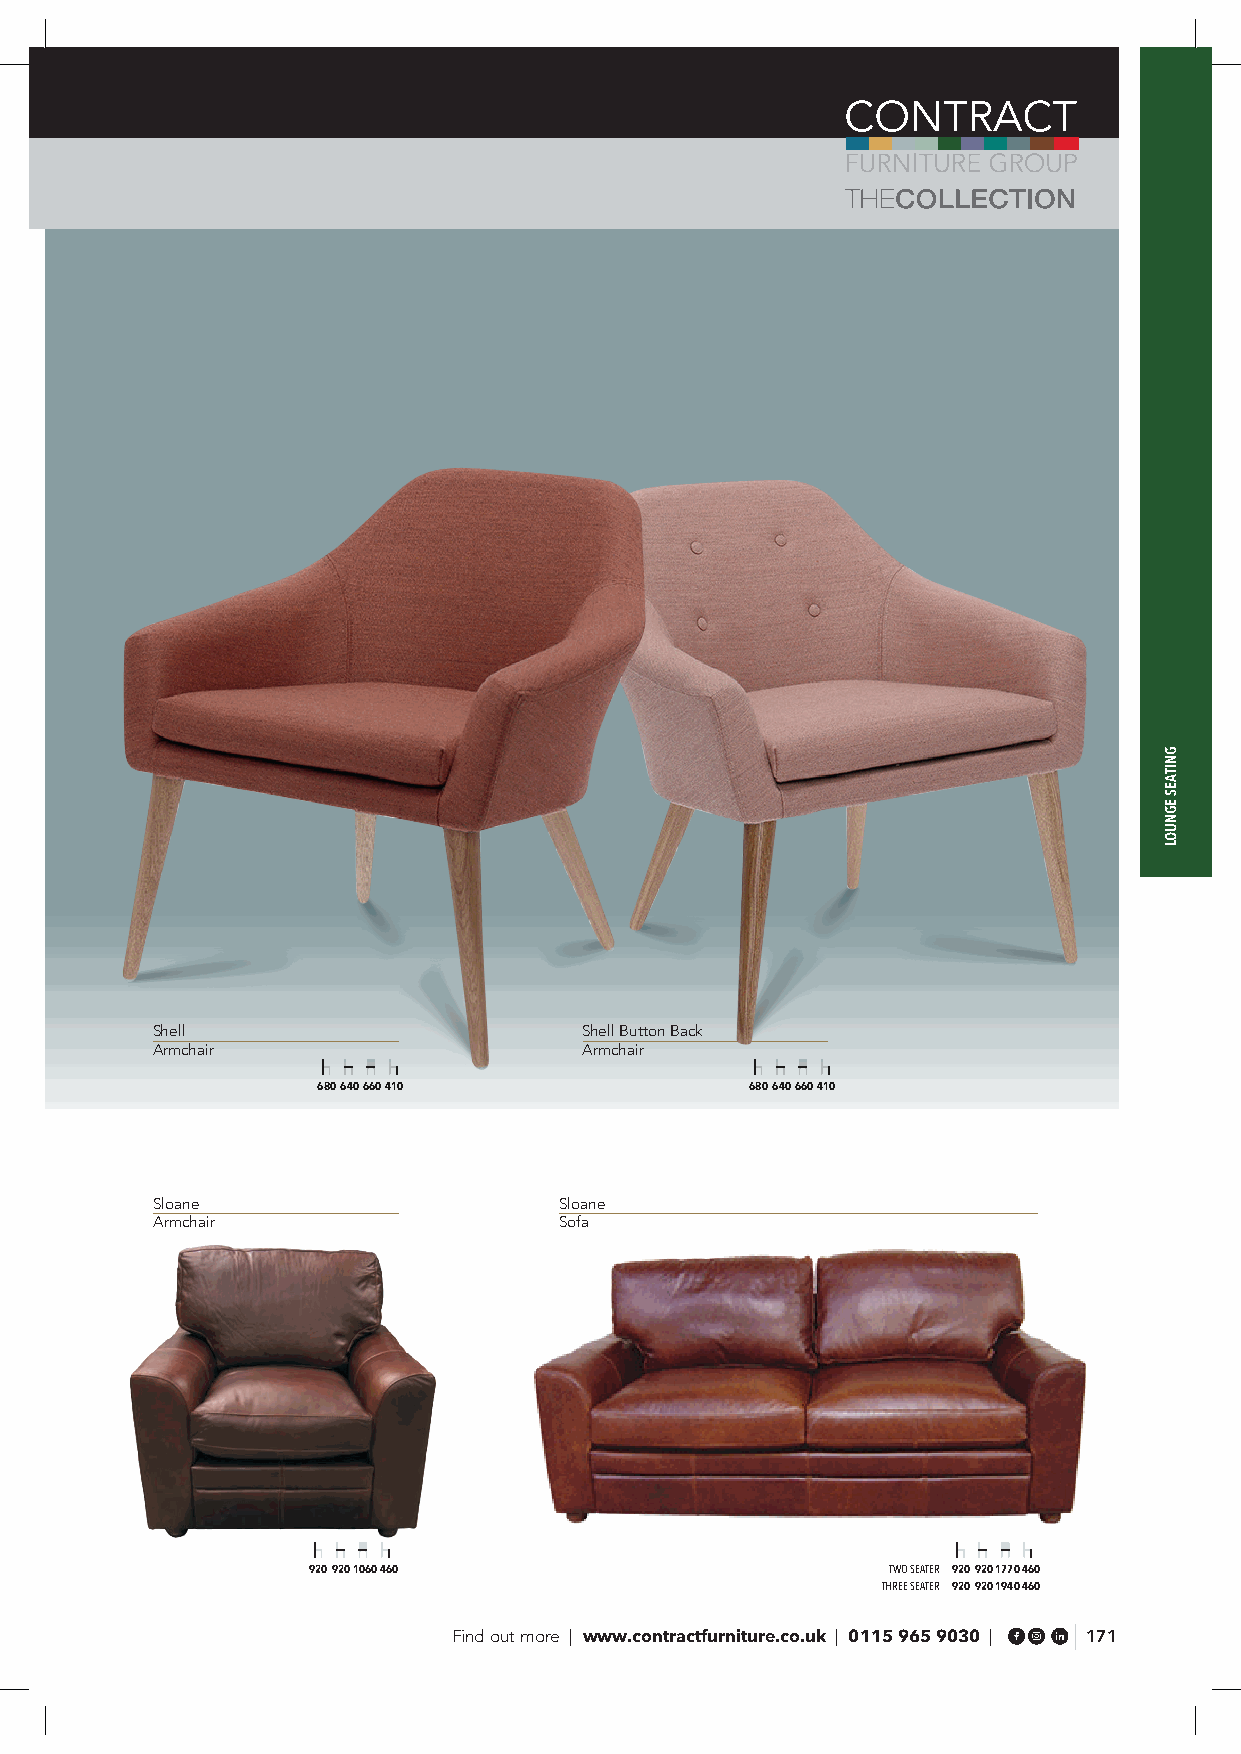
Shell                        Shell Button Back
 Armchair                     Armchair
 680 640 660 410              680 640 660 410
 Sloane                     Sloane
 Armchair                   Sofa
 920 920 1060 460                       TWO SEATER 920 920 1770 460
 THREE SEATER 920 920 1940 460
 Find out more | www.contractfurniture.co.uk | 0115 965 9030 | 171
 GNITAES
 EGNUOL